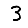
Digit: 3